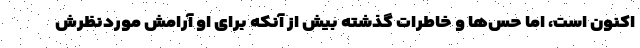
اکنون است، اما حس‌ها و خاطرات گذشته بیش از آنکه برای او آرامش موردنظرش